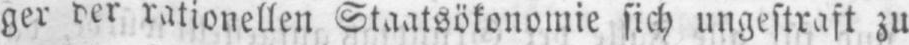
ger der rationellen Staatsökonomie sich ungestraft zu